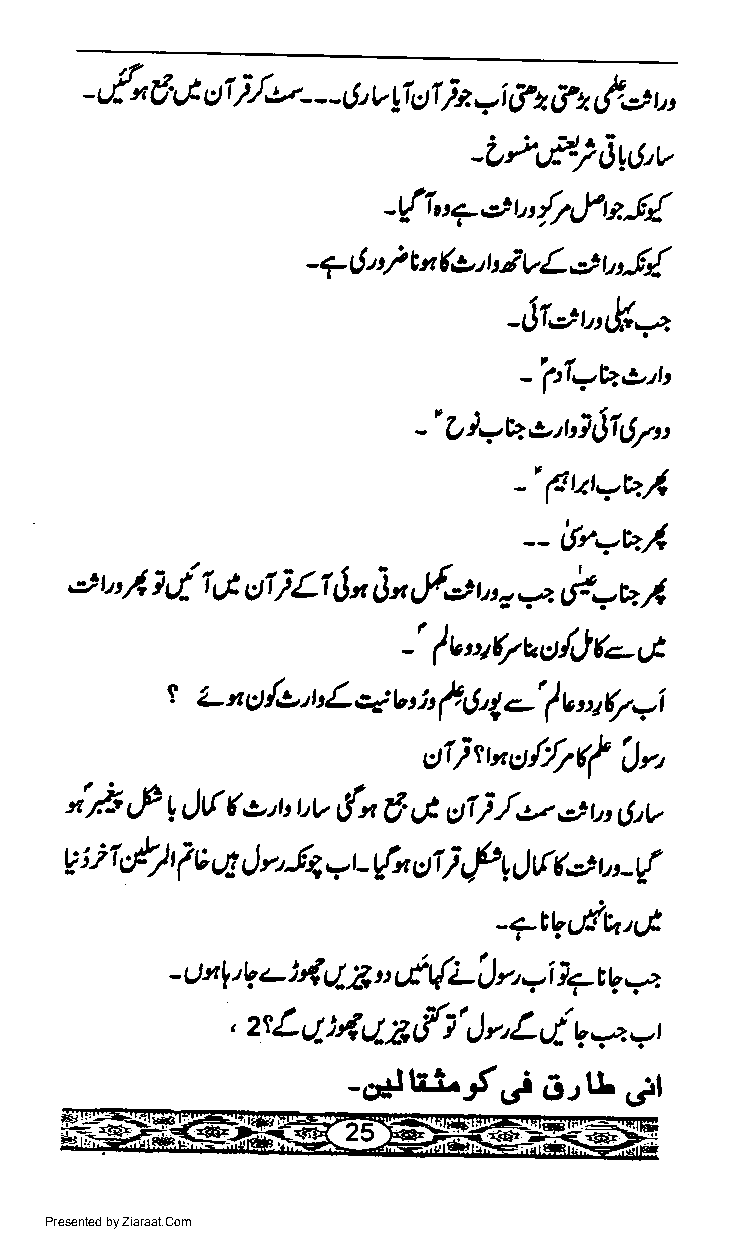
-f-"€',,tttt)L.---rl,v17c)tle*il2Ar,l..t,
 -L"d-)oltl.,v
 -tfJu?etr,,/frfnl{
 (,
 - ? 6 r t/ t n t t /' V L €., t r-f{
 -[1.;t,t&g
 _'pl.U,t.,t,
 -'g)=q,:,t'1[715v'
 -,p2phl
 _ iyryul
 ,=, t" /, 1 d i ut ui i Li J n 3n.fr; u, z *,P-U I
 _'fvryeaoL)(-G
 t
 q
 L n c/o,trL  v tt f t',ge' f v o7(7.i
 E)tlrr"Er//r(t Jy,
 irt
 tf  Jft ,:,"  {n g.,J ttr },r.- e- bt (.tv
 u
 ",v
 g ; i 7,/) t i e s4 | r,Sa rr - Vrn c)Ii f t t) tf G) D L{
 -7r,gctlUa,t
 zJt{     tf {Lt r,.i
 - e 4 4    g- 3 u         17 t r,
 =z
 , 2t L eE tl3 &h' I r, L g- q -a, t
 _ciltrL-t"f
 BrB,Jl
 Presented by Ziaraat.Com